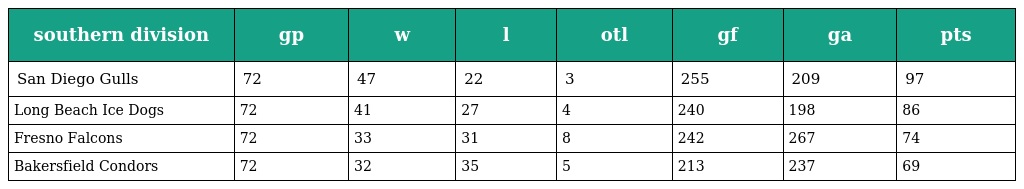
| southern division | gp | w | l | otl | gf | ga | pts |
 | --- | --- | --- | --- | --- | --- | --- | --- |
 | San Diego Gulls | 72 | 47 | 22 | 3 | 255 | 209 | 97 |
 | Long Beach Ice Dogs | 72 | 41 | 27 | 4 | 240 | 198 | 86 |
 | Fresno Falcons | 72 | 33 | 31 | 8 | 242 | 267 | 74 |
 | Bakersfield Condors | 72 | 32 | 35 | 5 | 213 | 237 | 69 |